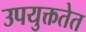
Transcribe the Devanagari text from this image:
उपयुक्ततेत